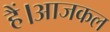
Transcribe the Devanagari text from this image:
हैं।आजकल